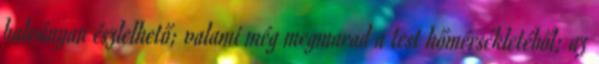
halványan észlelhető; valami még megmarad a test hőmérsékletéből; az